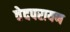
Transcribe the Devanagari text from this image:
वेदपरायण